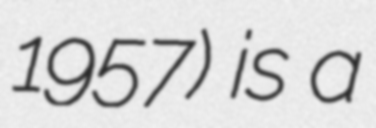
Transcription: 1957) is a